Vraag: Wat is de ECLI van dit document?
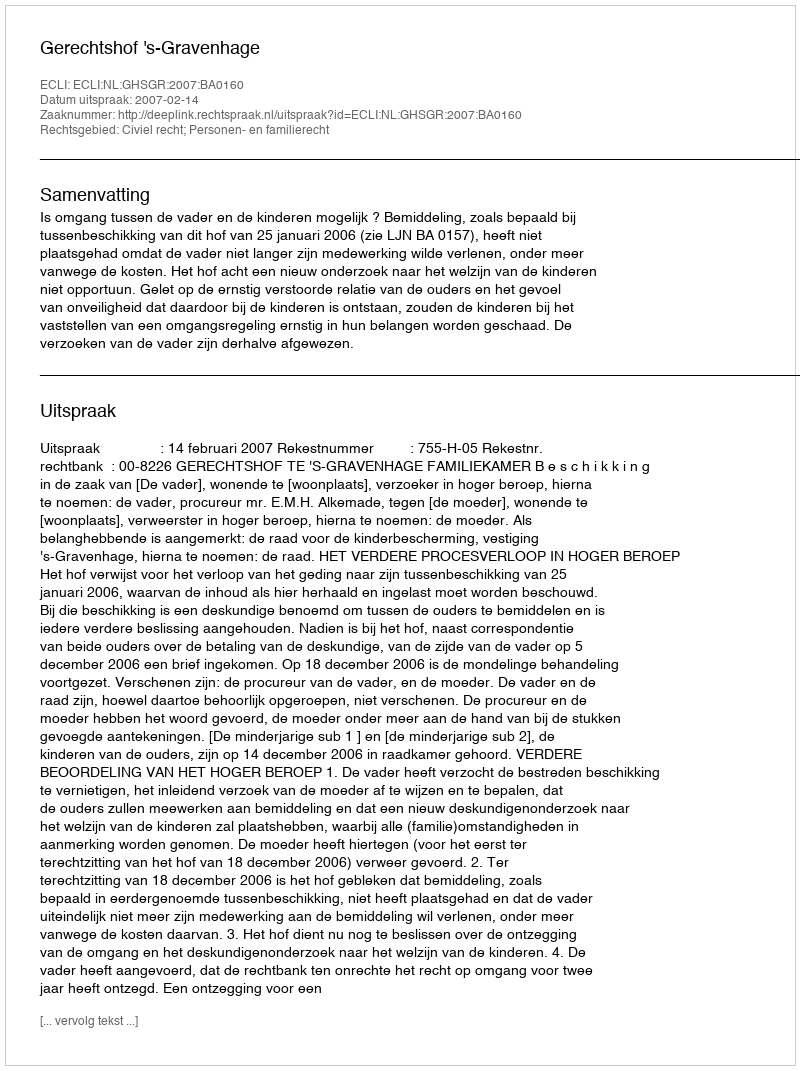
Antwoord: ECLI:NL:GHSGR:2007:BA0160